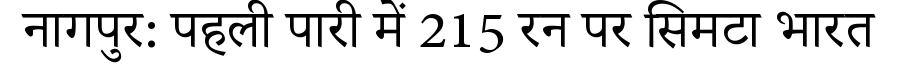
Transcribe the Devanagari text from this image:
नागपुर: पहली पारी में 215 रन पर सिमटा भारत